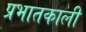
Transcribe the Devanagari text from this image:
प्रभातकाली